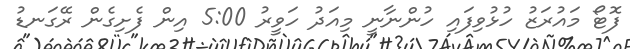
ފޮޓޯ މައުރަޒު ހުޅުވިފައި ހުންނާނީ މިއަދު ހަވީރު 5:00 އިން ފެށިގެން ރޭގަނޑު